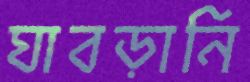
ঘাবড়ানি